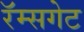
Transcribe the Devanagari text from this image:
रॅम्सगेट